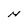
Character: N